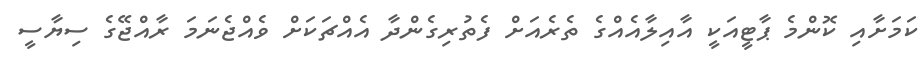
ކަމަށާއި ކޮންމެ ޕާޓީއަކީ އާއިލާއެއްގެ ތެރެއަށް ފެތުރިގެންދާ އެއްޗަކަށް ވެއްޖެނަމަ ރާއްޖޭގެ ސިޔާސީ